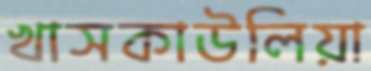
খাসকাউলিয়া